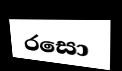
රසො